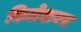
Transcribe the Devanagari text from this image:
किलेशवर